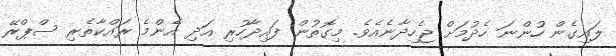
ލައިގެން ހުންނަ ހެދުމަށް ޖެހިދާނެއެވެ. މިގޮތުން ފައިދާހުރި އަދި އެންމެ ރައްކާތެރި ސްޕްރޭ